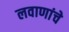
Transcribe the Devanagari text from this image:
लवाणांचे